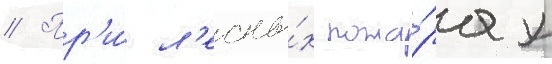
// Пр'и́ л'есны́х пожа́рах